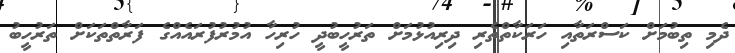
ދެމި ތިބުމަށް ކަސްރަތާއި ހަރަކާތްތެރި ދިރިއުޅުމަށް ތަރުހީބުދީ ހުރިހާ އުމުުރުފުރައެއްގެ ފަަރާތްތަކަށް ތަރުހީބު